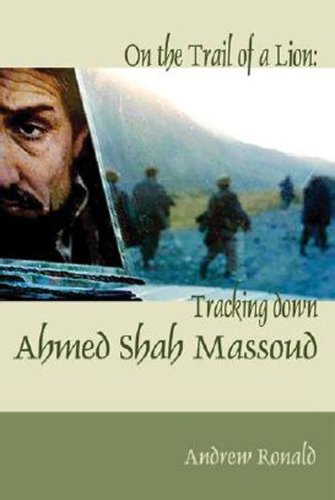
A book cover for On the Trail of a Lion: Tracking down Ahmed Shah Massoud; Andrew Ronald; Travel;